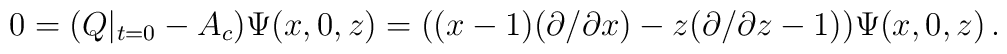
0=\bigl(Q|_{t=0}-A_c\bigr)\Psi(x,0,z)	=\bigl((x-1)(\partial /\partial x)-z(\partial /\partial z-1))	\Psi(x,0,z)\,.